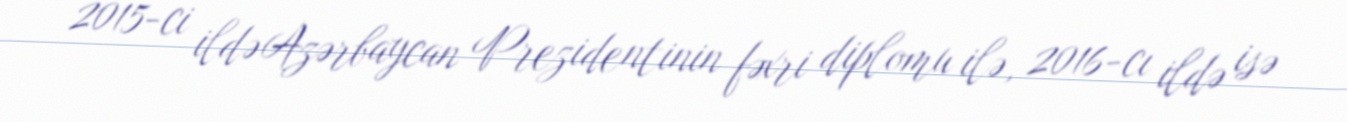
2015-ci ildə Azərbaycan Prezidentinin fəxri diplomu ilə, 2016-cı ildə isə